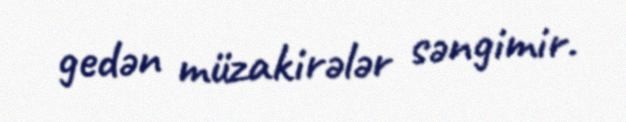
gedən müzakirələr səngimir.